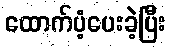
ထောက်ပံ့ပေးခဲ့ပြီး